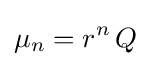
\mu _{n}=r^{n}\,Q